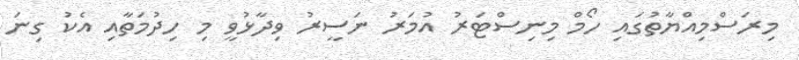
މިރަސްމިއްޔާތުގައި ހޯމް މިނިސްޓަރު އުމަރު ނަސީރު ވިދާޅުވީ މި ހިދުމަތާއި އެކު ގިނަ